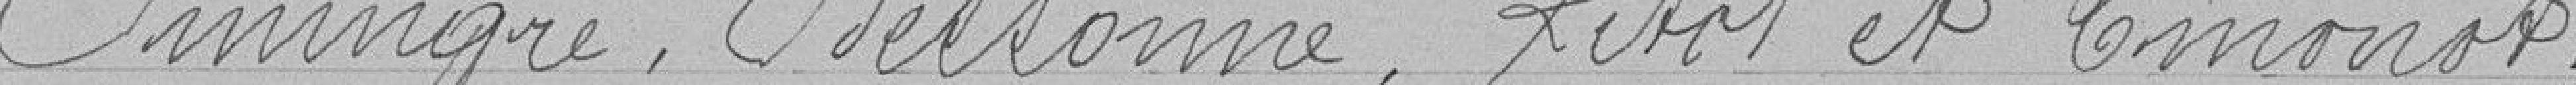
Jiningre, Bessone, Ribot et Emonot.